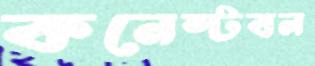
কনেস্টবল